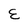
Character: E